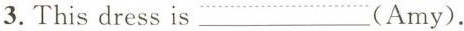
3.This dress is ___ (Amy).